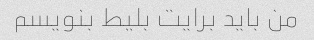
من باید برایت بلیط بنویسم